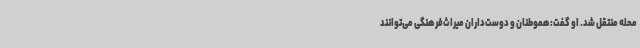
محله منتقل شد. او گفت:هموطنان و دوست‌داران میراث‌فرهنگی می‌توانند